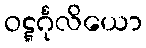
ဝဋ္ဋင်္ဂုလိယော